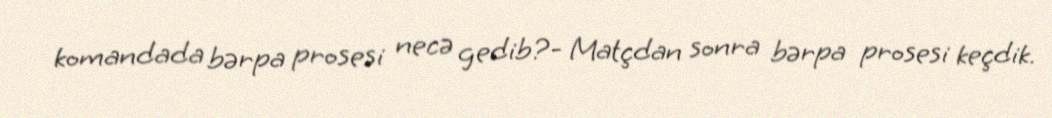
komandada bərpa prosesi necə gedib?- Matçdan sonra bərpa prosesi keçdik.